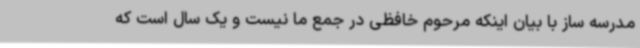
مدرسه ساز با بیان اینکه مرحوم خافظی در جمع ما نیست و یک سال است که